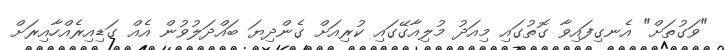
"ވަގުތަށް" އެނގިފައިވާ ގޮތުގައި މިއަދު މުލިއާގޭގައި ކުރިއަށް ގެންދިޔަ ބައްދަލުވުން އެއް ގަޑިއިރެއްހާއިރަށް